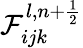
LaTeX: \mathcal{F}_{ijk}^{l,n+\frac{1}{2}}